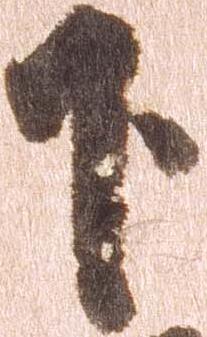
下